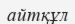
айтқұл